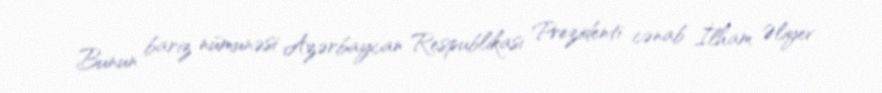
Bunun bariz nümunəsi Azərbaycan Respublikası Prezidenti cənab İlham Əliyev